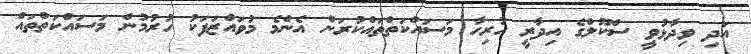
އަދި ވިދާޅުވީ ސްކޫލްގެ އިދާރީ ހުރިހާ މަސައްކަތްތައްކުރަން އެންމެ މުވައްޒަފަކު ހުރުމުން މަސައްކަތްތައް